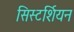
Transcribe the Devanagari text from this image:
सिस्टर्शियन